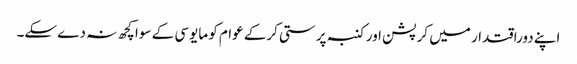
اپنے دوراقتدار میں کرپشن اور کنبہ پرستی کرکے عوام کو مایوسی کے سوا کچھ نہ دے سکے۔